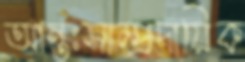
আন্তঃসাম্প্রদায়িক